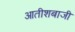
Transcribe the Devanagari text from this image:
आतीशबाजी